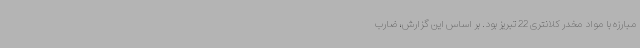
مبارزه با مواد مخدر کلانتری 22 تبریز بود. بر اساس این گزارش، ضارب